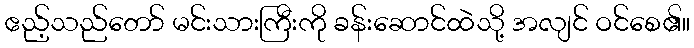
ဧည့်သည်တော် မင်းသားကြီးကို ခန်းဆောင်ထဲသို့ အလျင် ဝင်စေ၏။